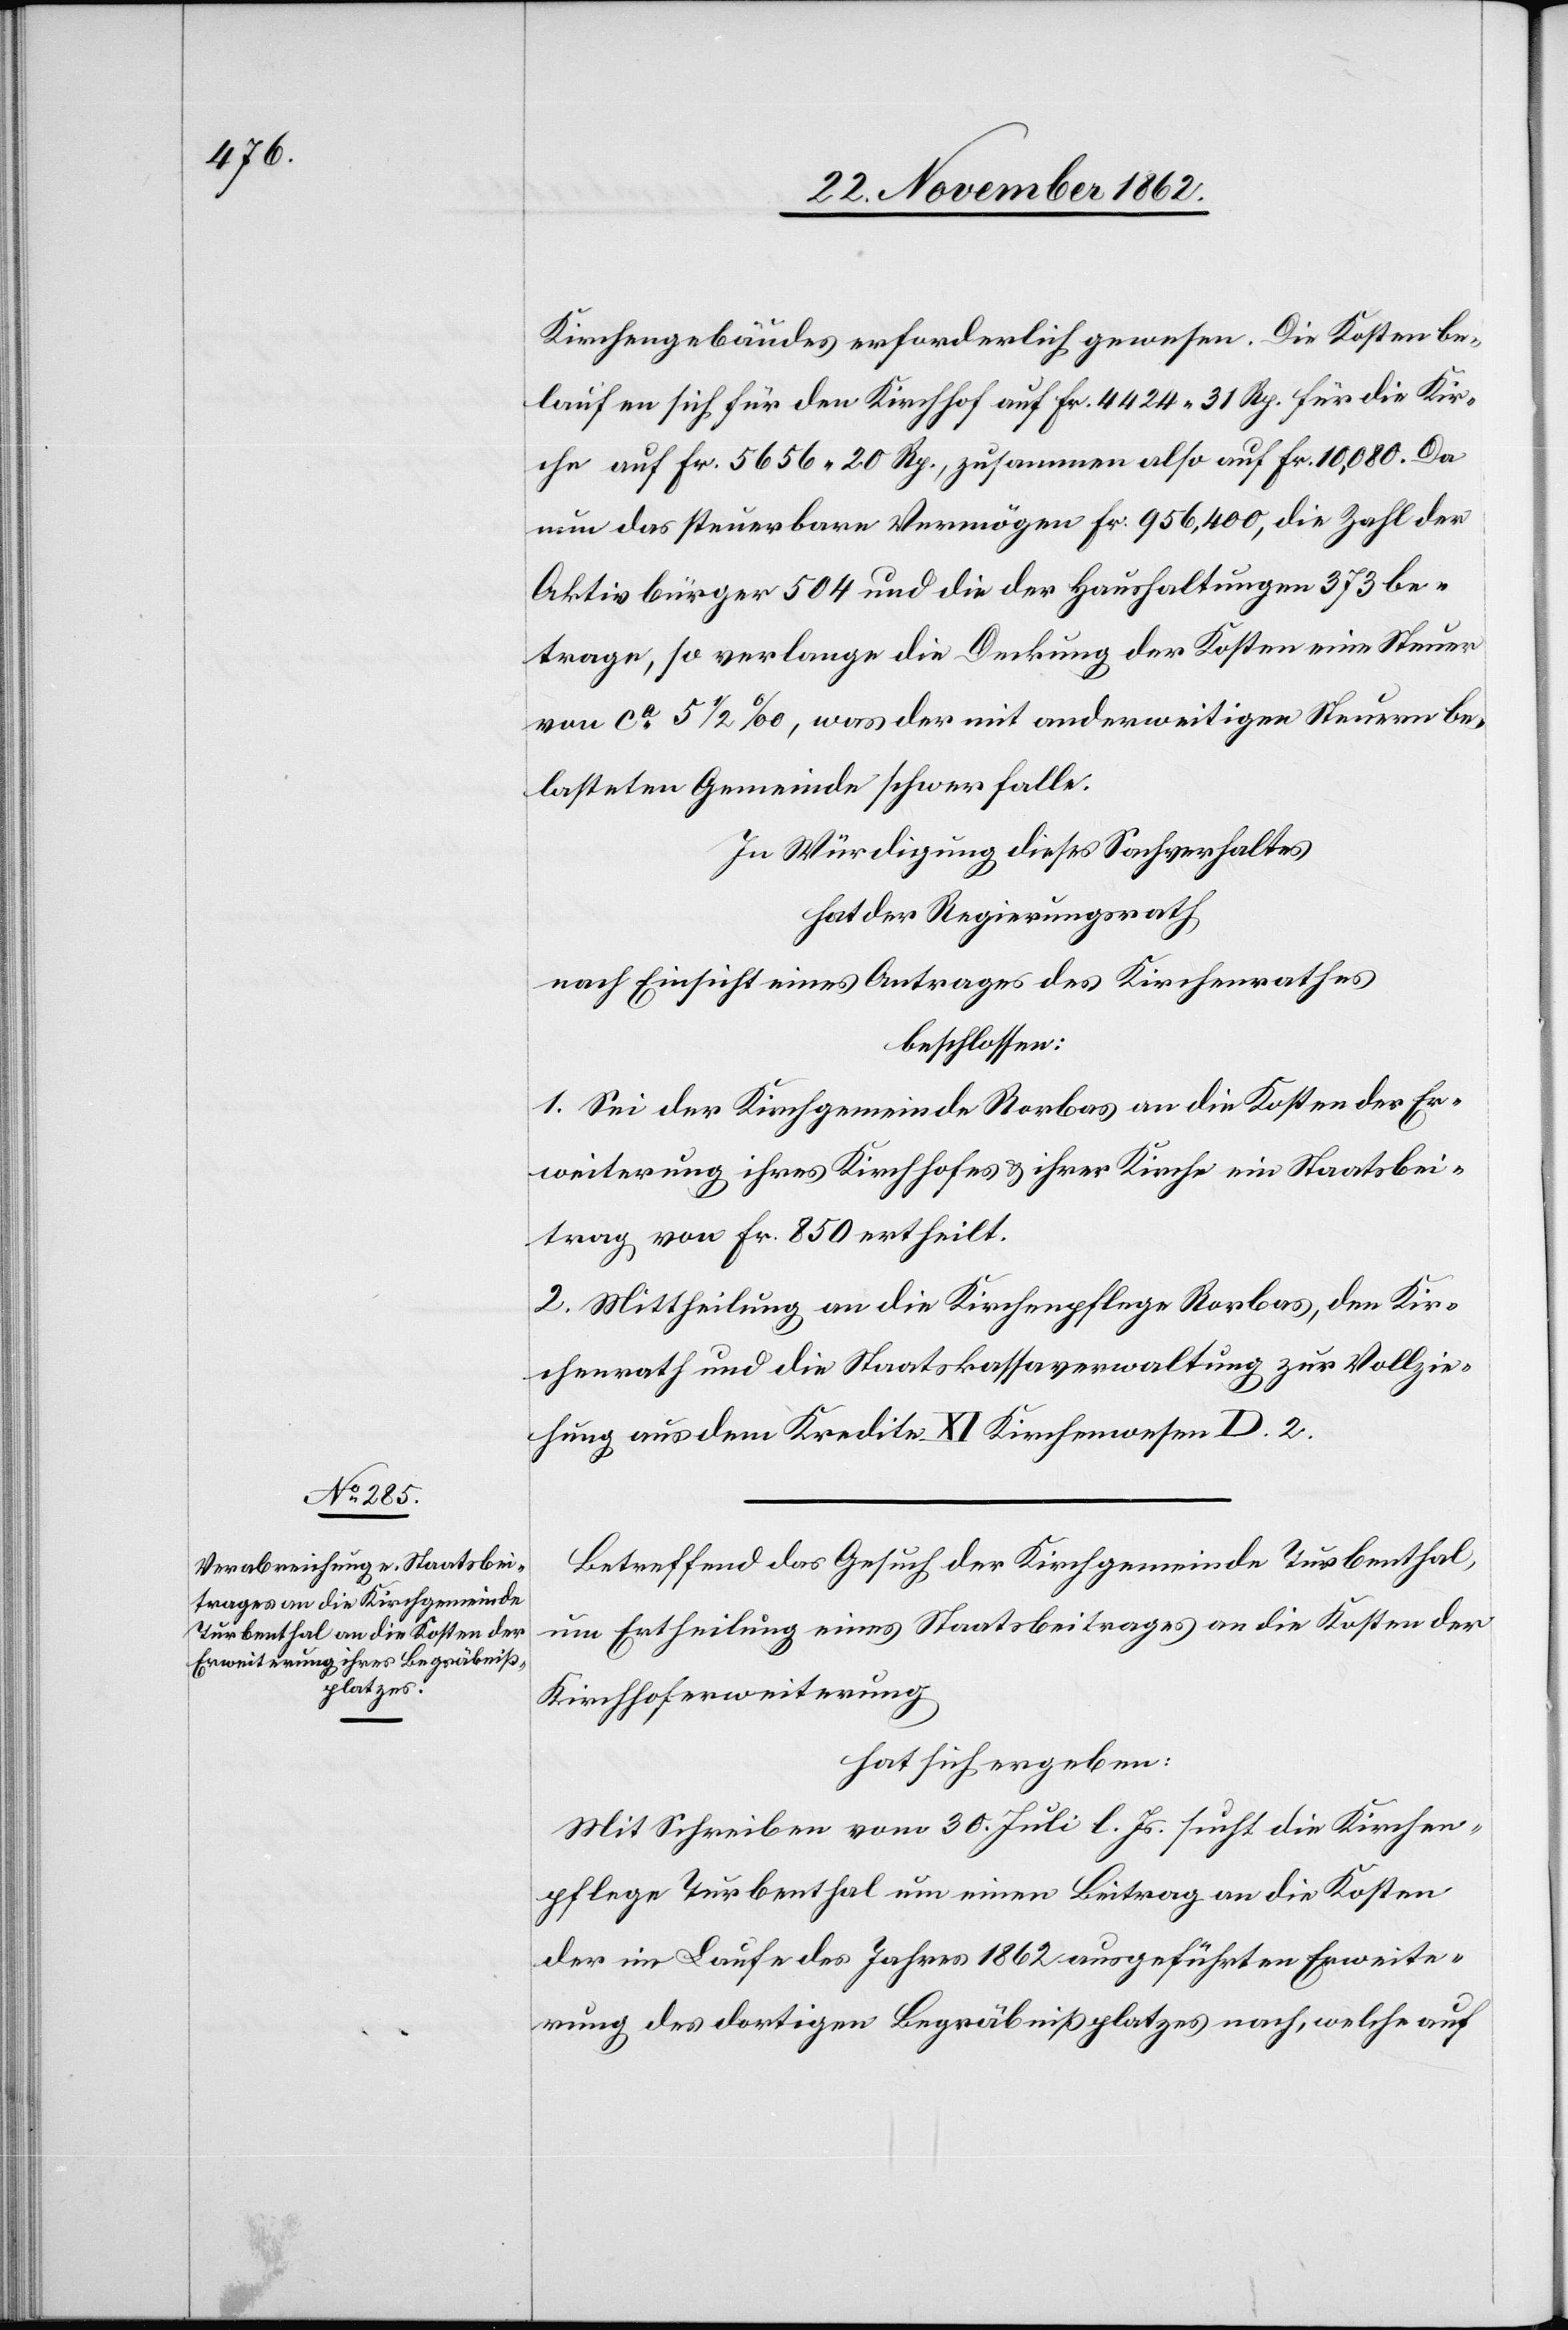
Kirchengebäudes erforderlich gewesen. Die Kosten be¬
laufen sich für den Kirchhof auf Fr. 4424 31 Rp. für die Kir¬
che auf Fr. 5656 20 Rp., zusammen also auf Fr. 10,080. Da
nun das steuerbare Vermögen Fr. 956,400, die Zahl der
Aktivbürger 504 und die Haushaltungen 473 be¬
trage, so verlange die Deckung der Kosten eine Steuer
von ca 5 1/2‰, was der mit anderweitigen Steuern be¬
lasteten Gemeinde schwer falle.
In Würdigung dieses Sachverhaltes
hat der Regierungsrath
nach Einsicht eines Antrages des Kirchenrathes
beschlossen:
1. Sei der Kirchgemeinde Rorbas an die Kosten der Er¬
weiterung ihres Kirchhofes u. ihrer Kirche ein Staatsbei¬
trag von Fr. 850 ertheilt.
2. Mittheilung an die Kirchenpflege Rorbas, den Kir¬
chenrath und die Staatskassaverwaltung zur Vollzie¬
hung aus dem Kredite XI Kirchenwesen D. 2.
Betreffend das Gesuch der Kirchgemeinde Turbenthal,
um Ertheilung eines Staatsbeitrages an die Kosten der
Kirchhoferweiterung
hat sich ergeben:
Mit Schreiben vom 30. Juli l. Js. sucht die Kirchen¬
pflege Turbenthal um einen Beitrag an die Kosten
der im Laufe des Jahres 1862 ausgeführten Erweite¬
rung des dortigen Begräbnißplatzes nach, welche auf